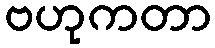
ဗဟုကတာ